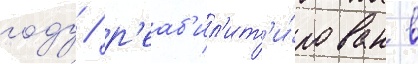
году / р'еаб'ил'ит'и́рован в